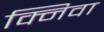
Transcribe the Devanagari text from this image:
क्निवा